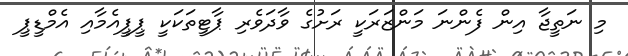
މި ނަތީޖާ އިން ފެންނަ މަންޒަރަކީ ރަށުގެ ވާދަވެރި ޕާޓީތަކަކީ ޕީޕީއެމާއި އެމްޑީޕީ